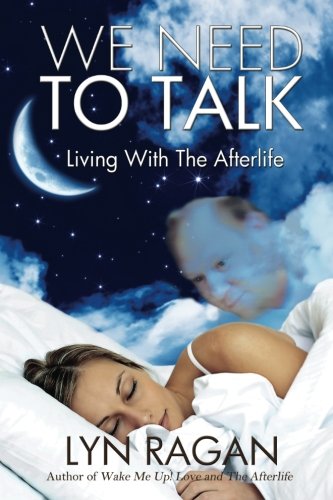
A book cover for We Need To Talk: Living With The Afterlife; Lyn Ragan; Religion & Spirituality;